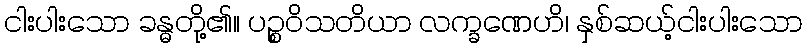
ငါးပါးသော ခန္ဓတို့၏။ ပဉ္စဝိသတိယာ လက္ခဏေဟိ၊ နှစ်ဆယ့်ငါးပါးသော